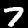
Label: 7